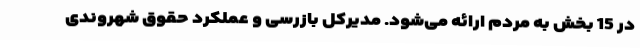
در 15 بخش به مردم ارائه می‌شود. مدیرکل بازرسی و عملکرد حقوق شهروندی